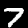
Digit: 7